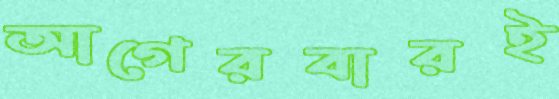
আগেরবারই